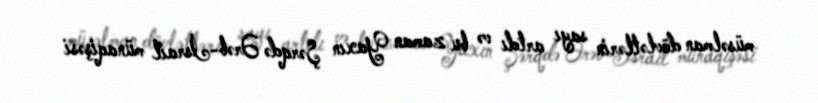
müsəlman dövlətlərin sayı artdı və bu zaman Yaxın Şərqdə Ərəb-İsrail münaqişəsi